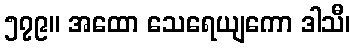
၅၇၉။ အထော သေရေယျကော ဒါသီ၊